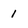
Character: 1